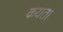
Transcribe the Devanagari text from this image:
कयता